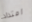
امتداد